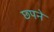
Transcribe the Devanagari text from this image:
छ्पने